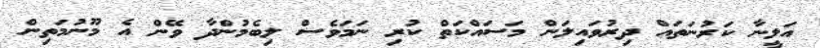
އަލީނާ ކަރުނަތައް ދިރުވައިލަން މަސައްކަތް ކުރި ނަމަވެސް ލިބެމުންދާ ވޭން އެ މޫނުމަތިން